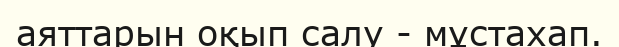
аяттарын оқып салу - мұстахап.